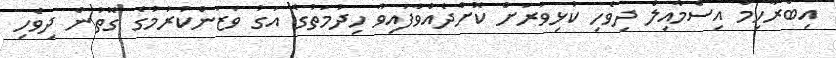
އިބްރާހިމް އިސްމާއިލް ދިވެހި ކުޅިވަރަށް ކޮށްދެއްވާފައިވާ ހިދުމަތުގެ އަގު ވަޒަންކުރުމުގެ ގޮތުން ދިވެހި